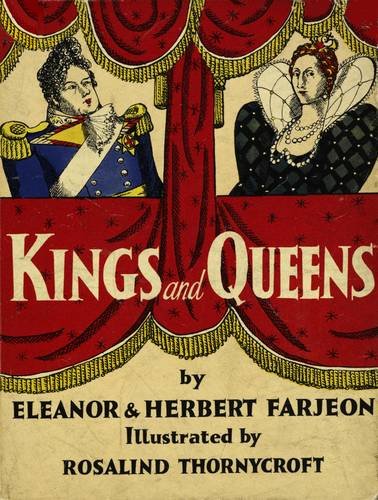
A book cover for Kings and Queens; Eleanor Farjeon; Children's Books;